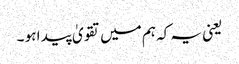
یعنی یہ کہ ہم میں تقویٰ پید ا ہو ۔